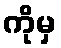
ကိုမှ